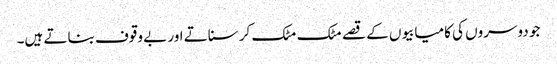
جو دوسروں کی کامیابیوں کے قصے مٹک مٹک کر سناتے اور بے وقوف بناتے ہیں۔